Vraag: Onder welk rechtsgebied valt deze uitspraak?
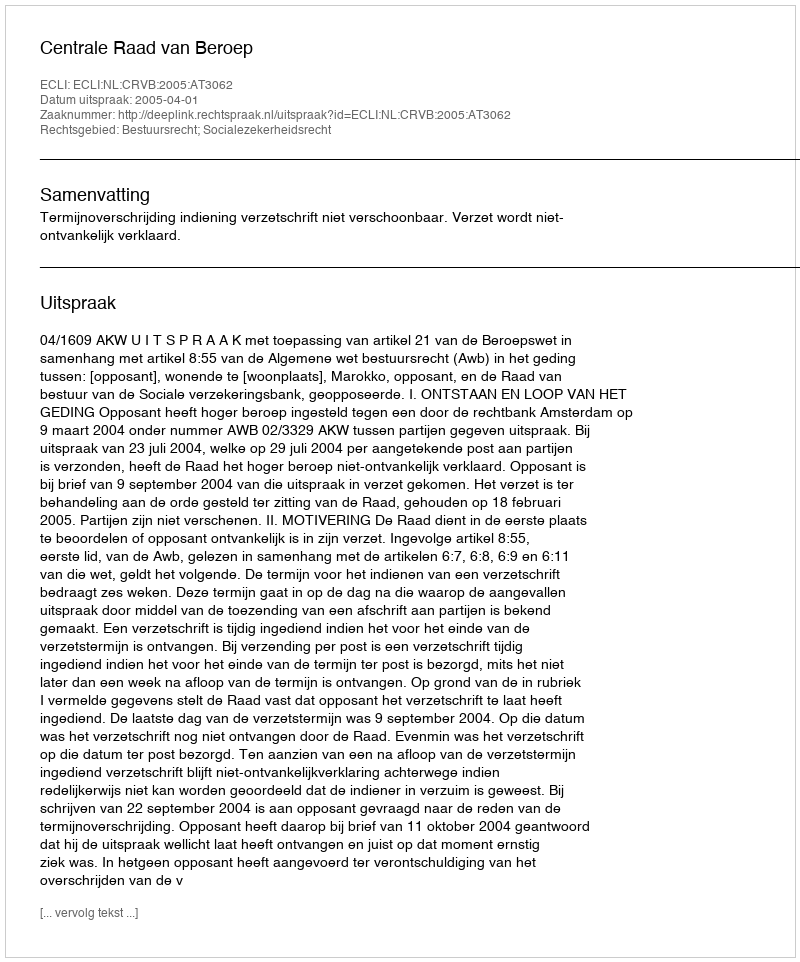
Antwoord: Bestuursrecht; Socialezekerheidsrecht